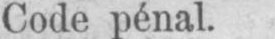
Code pénal.